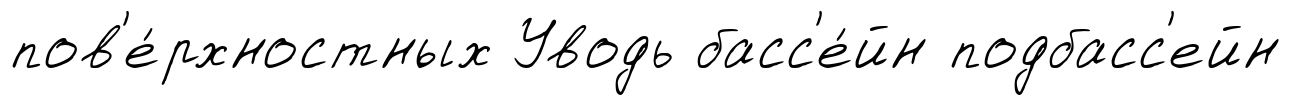
пов'е́рхностных Уводь басс'е́йн подбасс'ейн